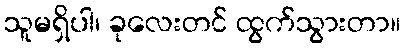
သူမရှိပါ၊ ခုလေးတင် ထွက်သွားတာ။